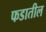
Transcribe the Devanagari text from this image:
फडातील